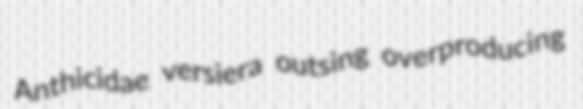
Anthicidae versiera outsing overproducing